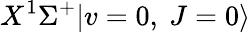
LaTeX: X^{1}\Sigma^{+}|v=0,\ J=0\rangle